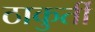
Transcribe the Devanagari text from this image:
ठाकुर्ती